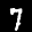
Label: 7